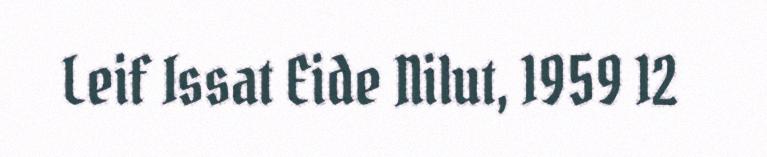
Leif Issat Eide Nilut, 1959 12